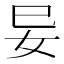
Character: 𭑭